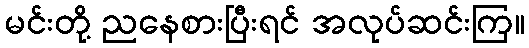
မင်းတို့ ညနေစားပြီးရင် အလုပ်ဆင်းကြ။